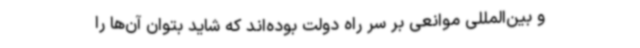
و بین‌المللی موانعی بر سر راه دولت بوده‌اند که شاید بتوان آن‌ها را